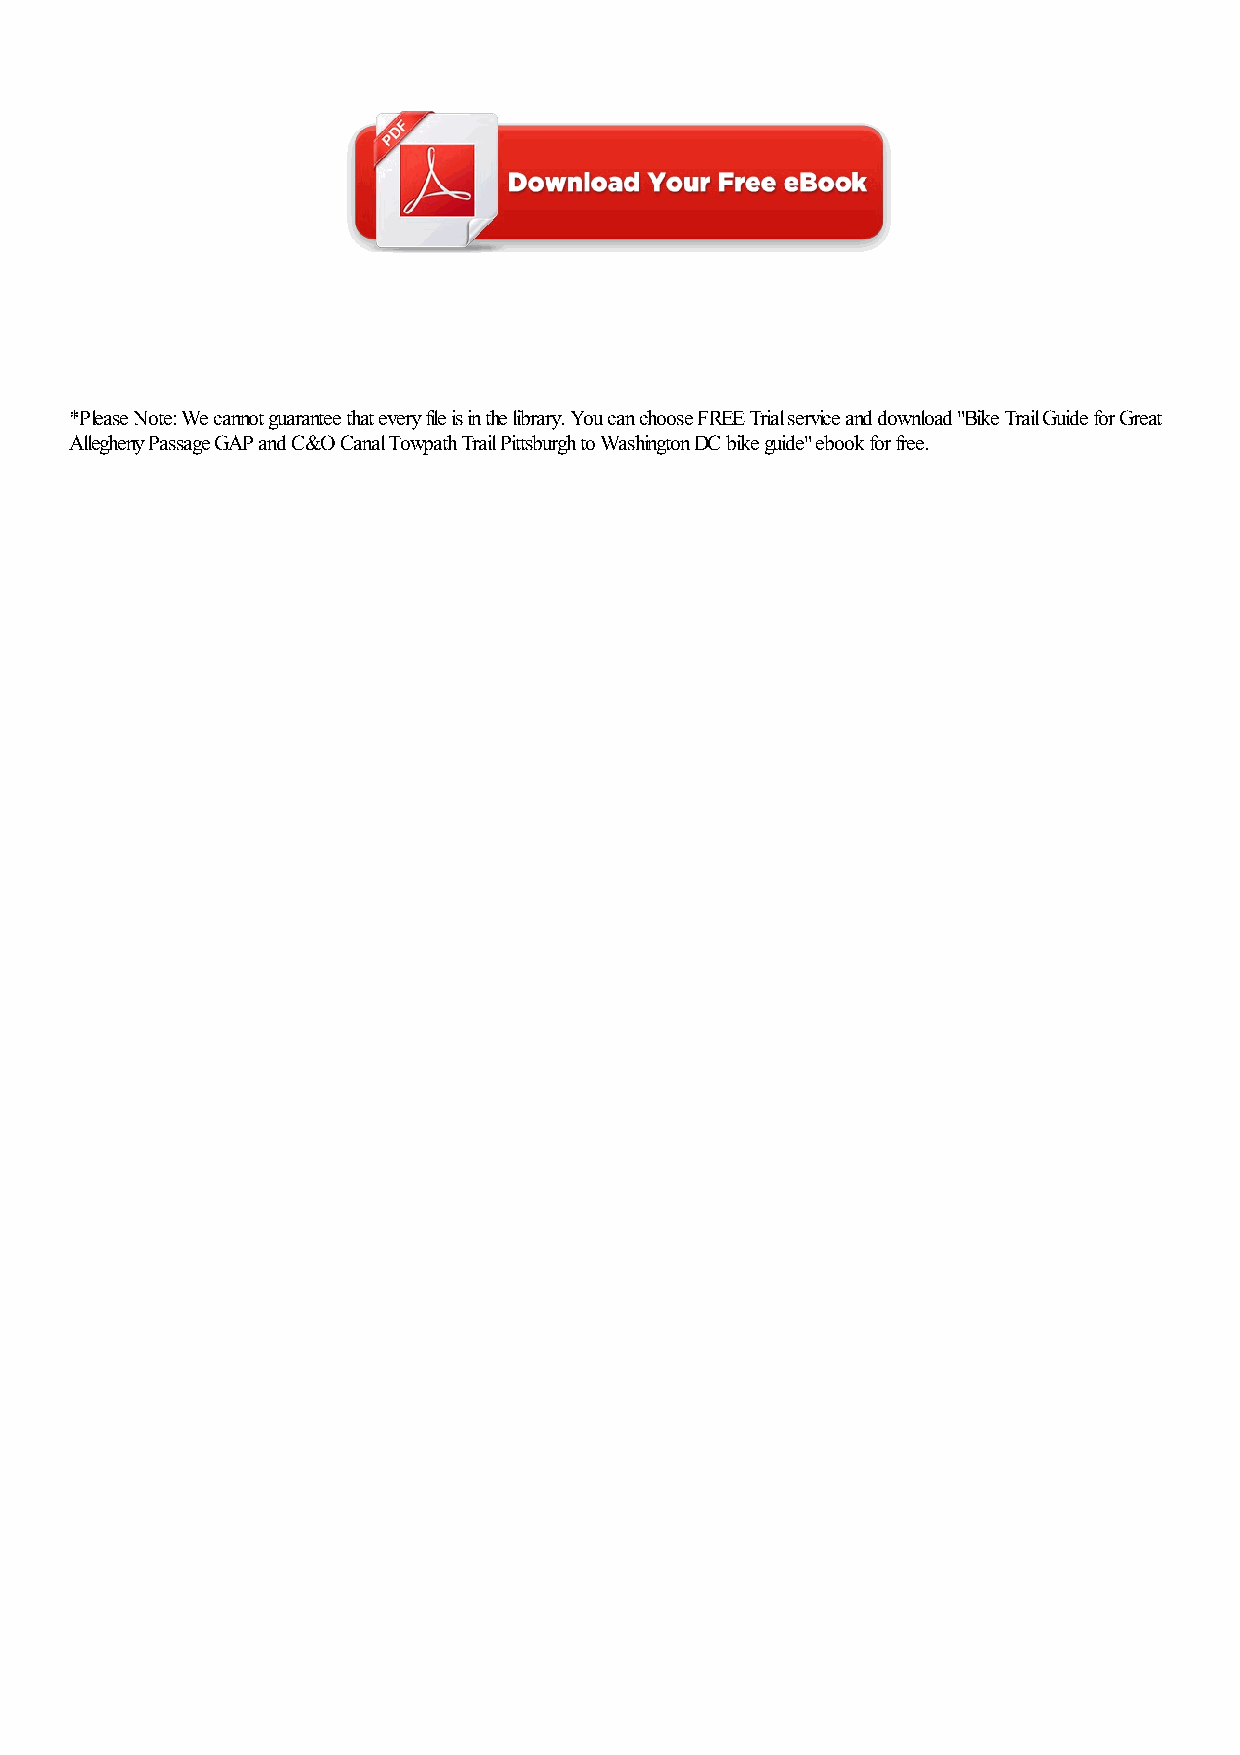
*Please Note: We cannot guarantee that every file is in the library. You can choose FREE Trial service and download "Bike Trail Guide for Great
 Allegheny Passage GAP and C&O Canal Towpath Trail Pittsburgh to Washington DC bike guide" ebook for free.